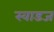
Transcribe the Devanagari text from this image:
स्वाडज